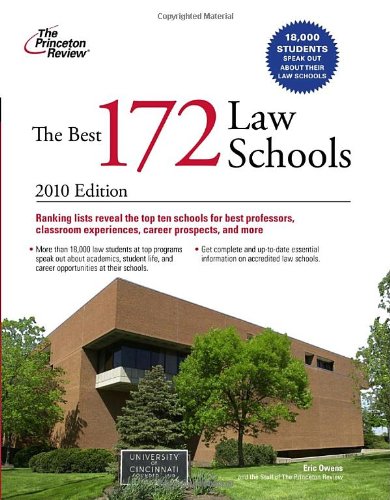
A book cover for The Best 172 Law Schools (Graduate School Admissions Guides); Princeton Review; Education & Teaching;